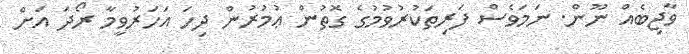
ވާޖިބެއް ނޫން. ނަމަވެސް ފަރިތަކުރުވުމުގެ ގޮތުން ޢުމުރުން ދިހަ އަހަރުވީމާ ރޯދަ އަށް